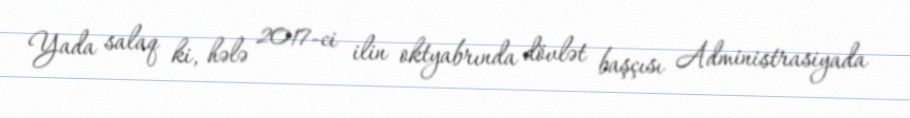
Yada salaq ki, hələ 2017-ci ilin oktyabrında dövlət başçısı Administrasiyada